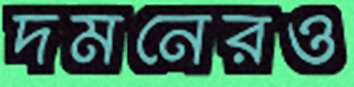
দমনেরও